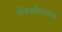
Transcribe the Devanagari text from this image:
मॅक्स्वेलच्या